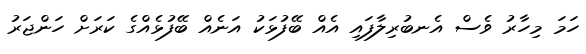
ހަމަ މިހާރު ވެސް އެނބުރިލާފައި އެއް ބޭފުޅަކު އަނެއް ބޭފުޅެއްގެ ކަރަށް ހަންޖަރު